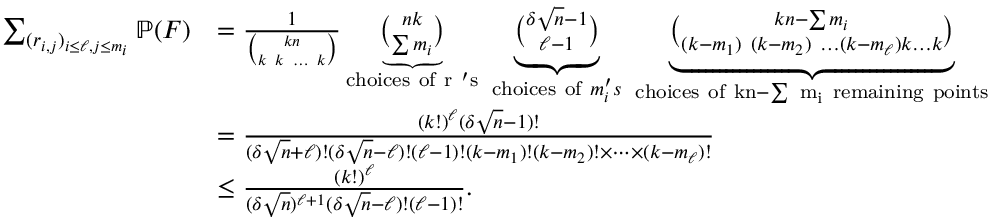
\begin{array} { r l } { \sum _ { ( r _ { i , j } ) _ { i \leq \ell , j \leq m _ { i } } } \mathbb { P } ( F ) } & { = \frac { 1 } { \binom { k n } { k \ k \ \dots \ k } } \underbrace { \binom { n k } { \sum m _ { i } } } _ { \mathrm { c h o i c e s ~ o f ~ r ~ ' s } } \ \underbrace { \binom { \delta \sqrt { n } - 1 } { \ell - 1 } } _ { \mathrm { c h o i c e s ~ o f ~ } m _ { i } ^ { \prime } s } \ \underbrace { \binom { k n - \sum m _ { i } } { ( k - m _ { 1 } ) \ ( k - m _ { 2 } ) \ \dots ( k - m _ { \ell } ) k \dots k } } _ { \mathrm { c h o i c e s ~ o f ~ k n - \sum ~ m _ i ~ r e m a i n i n g ~ p o i n t s } } } \\ & { = \frac { ( k ! ) ^ { \ell } ( \delta \sqrt { n } - 1 ) ! } { ( \delta \sqrt { n } + \ell ) ! ( \delta \sqrt { n } - \ell ) ! ( \ell - 1 ) ! ( k - m _ { 1 } ) ! ( k - m _ { 2 } ) ! \times \dots \times ( k - m _ { \ell } ) ! } } \\ & { \leq \frac { ( k ! ) ^ { \ell } } { ( \delta \sqrt { n } ) ^ { \ell + 1 } ( \delta \sqrt { n } - \ell ) ! ( \ell - 1 ) ! } . } \end{array}